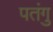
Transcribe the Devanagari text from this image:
पतंगु